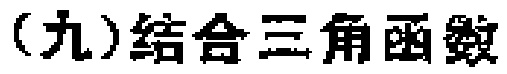
（九）结合三角函数